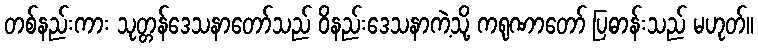
တစ်နည်းကား သုတ္တန်ဒေသနာတော်သည် ဝိနည်းဒေသနာကဲ့သို့ ကရုဏာတော် ပြဓာန်းသည် မဟုတ်။